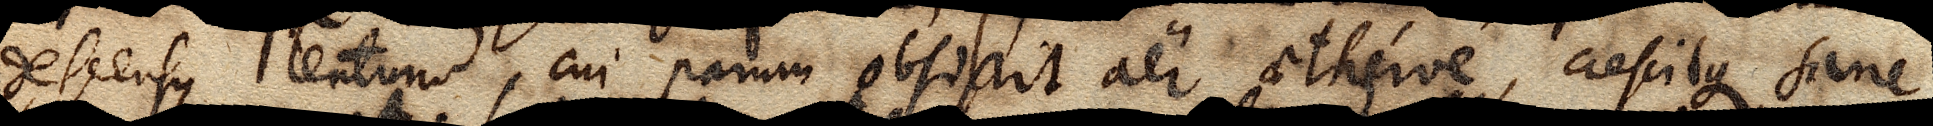
descensus lentium, cui parum obsistit aer aetherve, crescitque sane